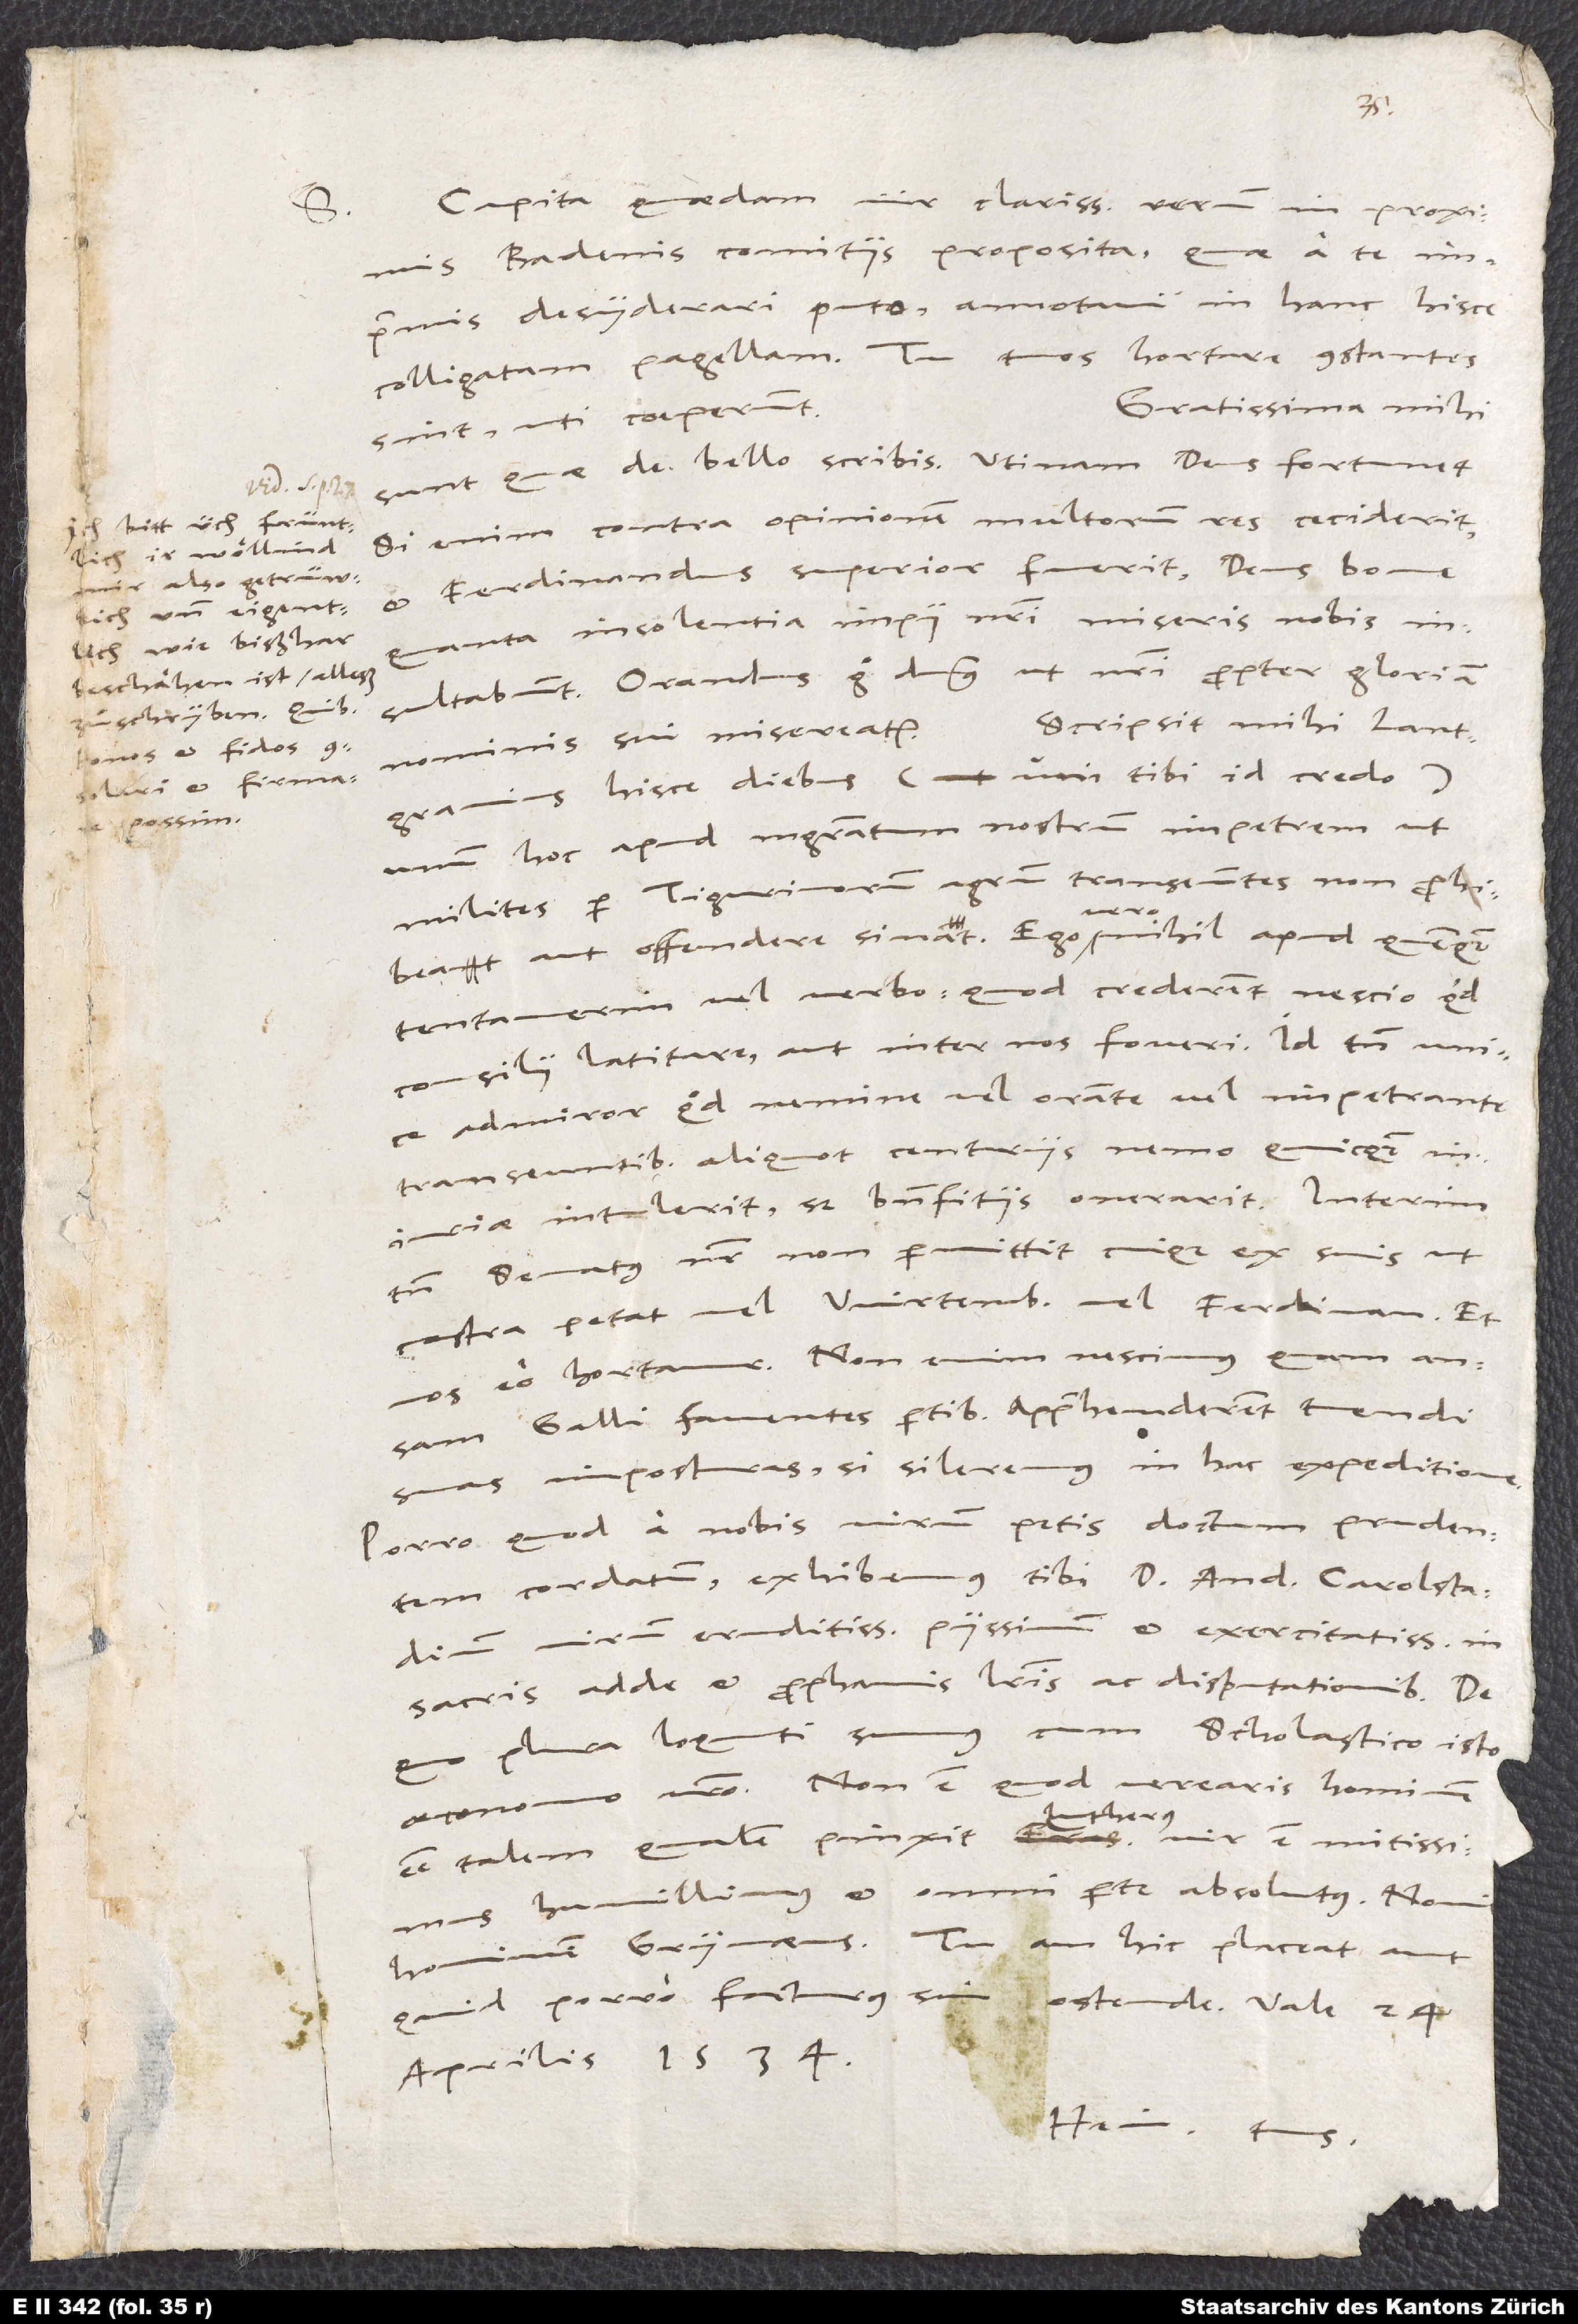
Ich bitt üch früntlich,
ir wöllind
und eigentlich,
wie bißhar
beschähen ist, alleß
zuschryben, quibus
bonos et fidos
consolari et firmare
possim.

S.

Capita quaedam, vir clarissime, rerum in proximis
Badenis comitiis proposita, quae a te
imprimis desyderari puto, annotavi in hanc hisce
colligatam pagellam. Tu tuos hortare, constantes
Gratissima mihi
sint, uti coeperunt.
Si enim contra opinionem multorum res ceciderit
et Ferdinandus superior fuerit, deus bone,
quanta insolentia impii nostri miseris nobis
insultabunt! Orandus ergo dominus, ut nostri propter gloriam
Scripsit mihi lantgravius
nominis sui misereatur.
hisce diebus (uni tibi id credo),
unum hoc apud magistratum nostrum impetrem, ut
milites per Tigurinorum agrum transeuntes non prohibeat
aut offendere sinat. Ego vero nihil apud quemquam
tentaverim vel verbo, quod crederent nescio quid
consilii latitare aut inter nos foveri. Id tamen unice
admiror, quod nemine vel orante vel impetrante
transeuntibus aliquot centuriis nemo quicquam
iniuriae intulerit, sed benefitiis onerarit. Interim
tamen senatus noster non permittit cuiquam ex suis, ut
Porro, quod a nobis virum petis doctum, prudentem,
cordatum, exhibemus tibi D. Andream Carolstadium
virum eruditissimum, piissimum et exercitatissimum in
sacris, adde et prophanis literis ac disputationibus, de
quo plura loquuti sumus cum scholastico isto,
oeconomo vestro. Non est, quod verearis hominem
esse talem, qualem pinxit Lutherus; vir est mitissimus,
humillimus et omni parte absolutus. Novit
hominem Grynaeus. Tu, an hic placeat aut
quid porro facturus sim, ostende.
aprilis 1534.